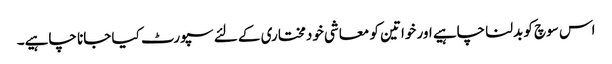
اس سوچ کو بدلنا چاہیے اور خواتین کو معاشی خودمختاری کے لئے سپورٹ کیا جانا چاہیے۔